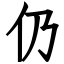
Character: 仍